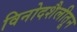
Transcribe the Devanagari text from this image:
विनोदशैलीतून